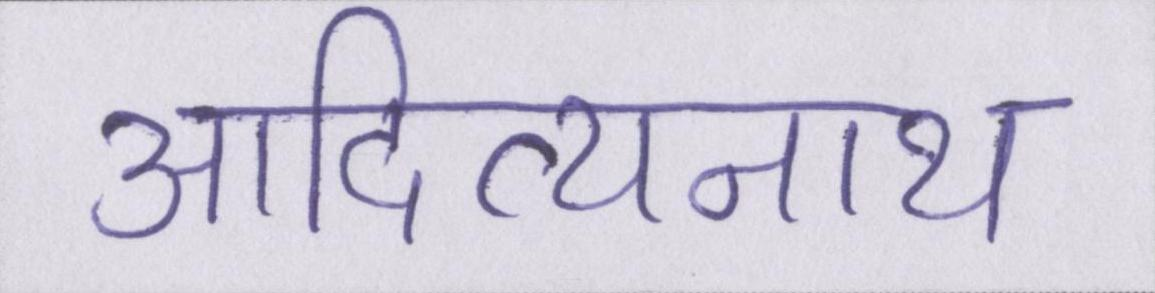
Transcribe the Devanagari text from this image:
आदित्यनाथ